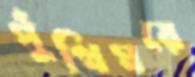
পুঁথিঘরে